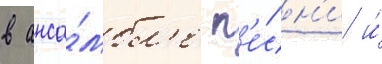
в анса́мбл'е п'е́сн'и и́